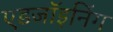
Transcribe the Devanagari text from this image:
एडजॉइनिंग